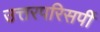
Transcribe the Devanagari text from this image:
उत्तरपरिसर्पी